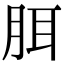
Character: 䏪